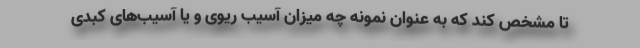
تا مشخص کند که به عنوان نمونه چه میزان آسیب ریوی و یا آسیب‌های کبدی